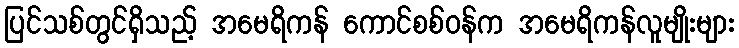
ပြင်သစ်တွင်ရှိသည့် အမေရိကန် ကောင်စစ်ဝန်က အမေရိကန်လူမျိုးများ